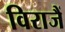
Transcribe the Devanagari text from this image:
विराजैं